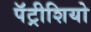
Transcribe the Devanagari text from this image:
पॅट्रीशियो